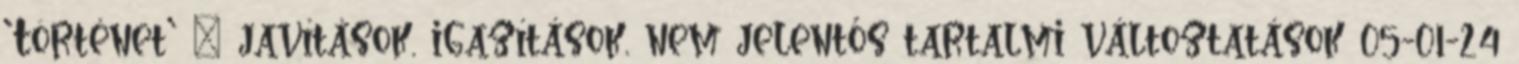
'Történet' » javítások, igazítások, nem jelentős tartalmi változtatások 05-01-24